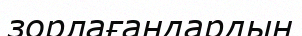
зорлағандардың